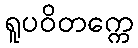
ရူပဝိတက္ကေ